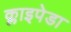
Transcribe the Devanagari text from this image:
क्लाइपेडा